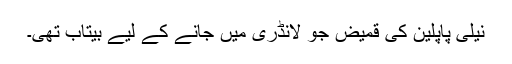
نیلی پاپلین کی قمیض جو لانڈری میں جانے کے لیے بیتاب تھی۔